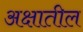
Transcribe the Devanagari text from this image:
अक्षातील